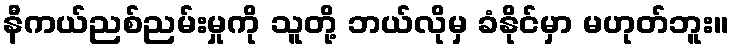
နီကယ်ညစ်ညမ်းမှုကို သူတို့ ဘယ်လိုမှ ခံနိုင်မှာ မဟုတ်ဘူး။